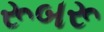
રૂબરૂ